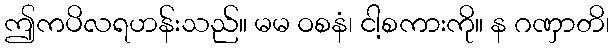
ဤကပိလရဟန်းသည်။ မမ ဝစနံ၊ ငါ့စကားကို။ န ဂဏှာတိ၊